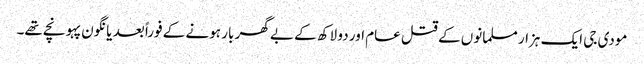
مودی جی ایک ہزار مسلمانوں کے قتل عام اور دو لاکھ کے بے گھر بار ہونے کے فوراً بعد یانگون پہونچے تھے۔